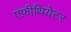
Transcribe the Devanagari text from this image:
एंफ़ीथियेटर